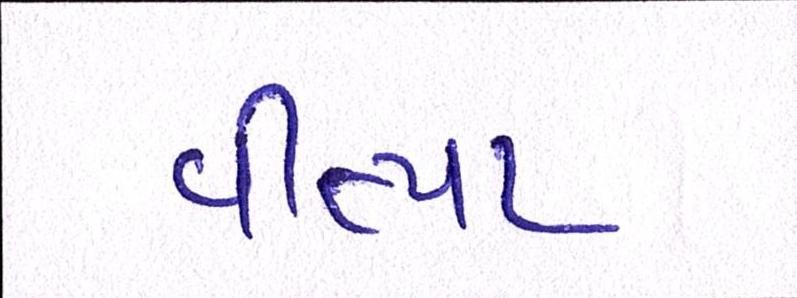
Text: વીત્યા